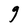
Character: g